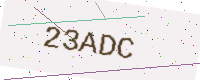
Text: 23ADC